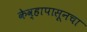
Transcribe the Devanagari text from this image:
केव्हापासूनचा